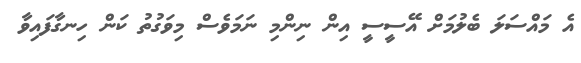
އެ މައްސަލަ ބެލުމަށް އޭސީސީ އިން ނިންމި ނަމަވެސް މިވަގުތު ކަން ހިނގާފައިވާ